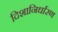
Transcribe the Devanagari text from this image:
दिशानिर्धारण